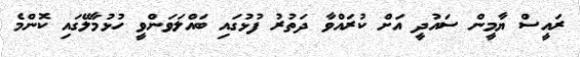
ރައީސް ޔާމީން ސައުދީ އަށް ކުރައްވާ ދަތުރު ފުޅުގައި ބައްލަވަންވީ ހުޅުމާލޭގައި ކޮންމެ